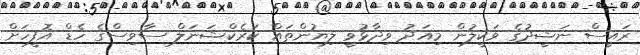
ރައީސް ނަޝީދުގެ ވަކީލުން މިއަދު ވިދާޅުވީ ލިޔުންތައް ކަރެކްޝަނަލް ސާވިސްގެ ހެޑް އޮފީހަށް